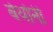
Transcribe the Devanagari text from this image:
बेथोनी